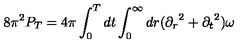
{ 8 \pi ^ { 2 } } P _ { T } = { 4 \pi } \int _ { 0 } ^ { T } d t \int _ { 0 } ^ { \infty } d r ( { \partial _ { r } } ^ { 2 } + { \partial _ { t } } ^ { 2 } ) \omega